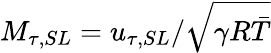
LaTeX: M_{\tau,SL}=u_{\tau,SL}/\sqrt{\gamma R\bar{T}}